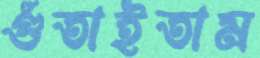
গুঁতাইতাম